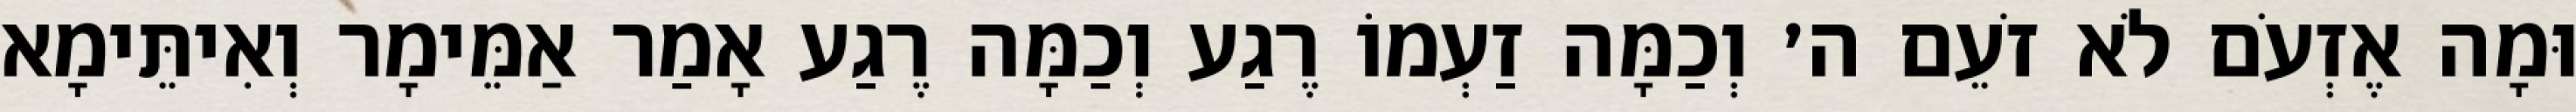
וּמָה אֶזְעֹם לֹא זֹעֵם ה׳ וְכַמָּה זַעְמוֹ רֶגַע וְכַמָּה רֶגַע אָמַר אַמֵּימָר וְאִיתֵּימָא